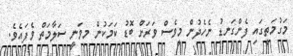
މަގުމަތީގައި ފެންގަނޑު ނެހެދުން މީވެސް ވަރަށް ބޮޑު ކަމަކުން މިވަނީ ސަލާމަތް ވެފައެވެ.